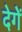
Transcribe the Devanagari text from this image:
देगेें